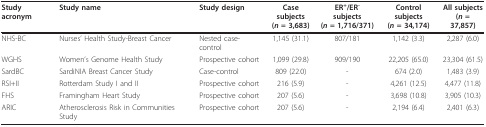
| Study acronym | Study name | Study design | Case subjects(n = 3,683) | ER+/ER- subjects(n = 1,716/371) | Control subjects(n = 34,174) | All subjects(n = 37,857) |
 | --- | --- | --- | --- | --- | --- | --- |
 | NHS-BC | Nurses' Health Study-Breast Cancer | Nested case-control | 1,145 (31.1) | 807/181 | 1,142 (3.3) | 2,287 (6.0) |
 | WGHS | Women's Genome Health Study | Prospective cohort | 1,099 (29.8) | 909/190 | 22,205 (65.0) | 23,304 (61.5) |
 | SardBC | SardiNIA Breast Cancer Study | Case-control | 809 (22.0) | - | 674 (2.0) | 1,483 (3.9) |
 | RSI+II | Rotterdam Study I and II | Prospective cohort | 216 (5.9) | - | 4,261 (12.5) | 4,477 (11.8) |
 | FHS | Framingham Heart Study | Prospective cohort | 207 (5.6) | - | 3,698 (10.8) | 3,905 (10.3) |
 | ARIC | Atherosclerosis Risk in Communities Study | Prospective cohort | 207 (5.6) | - | 2,194 (6.4) | 2,401 (6.3) |